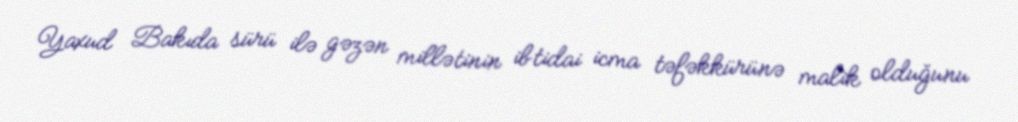
Yaxud Bakıda sürü ilə gəzən millətinin ibtidai icma təfəkkürünə malik olduğunu